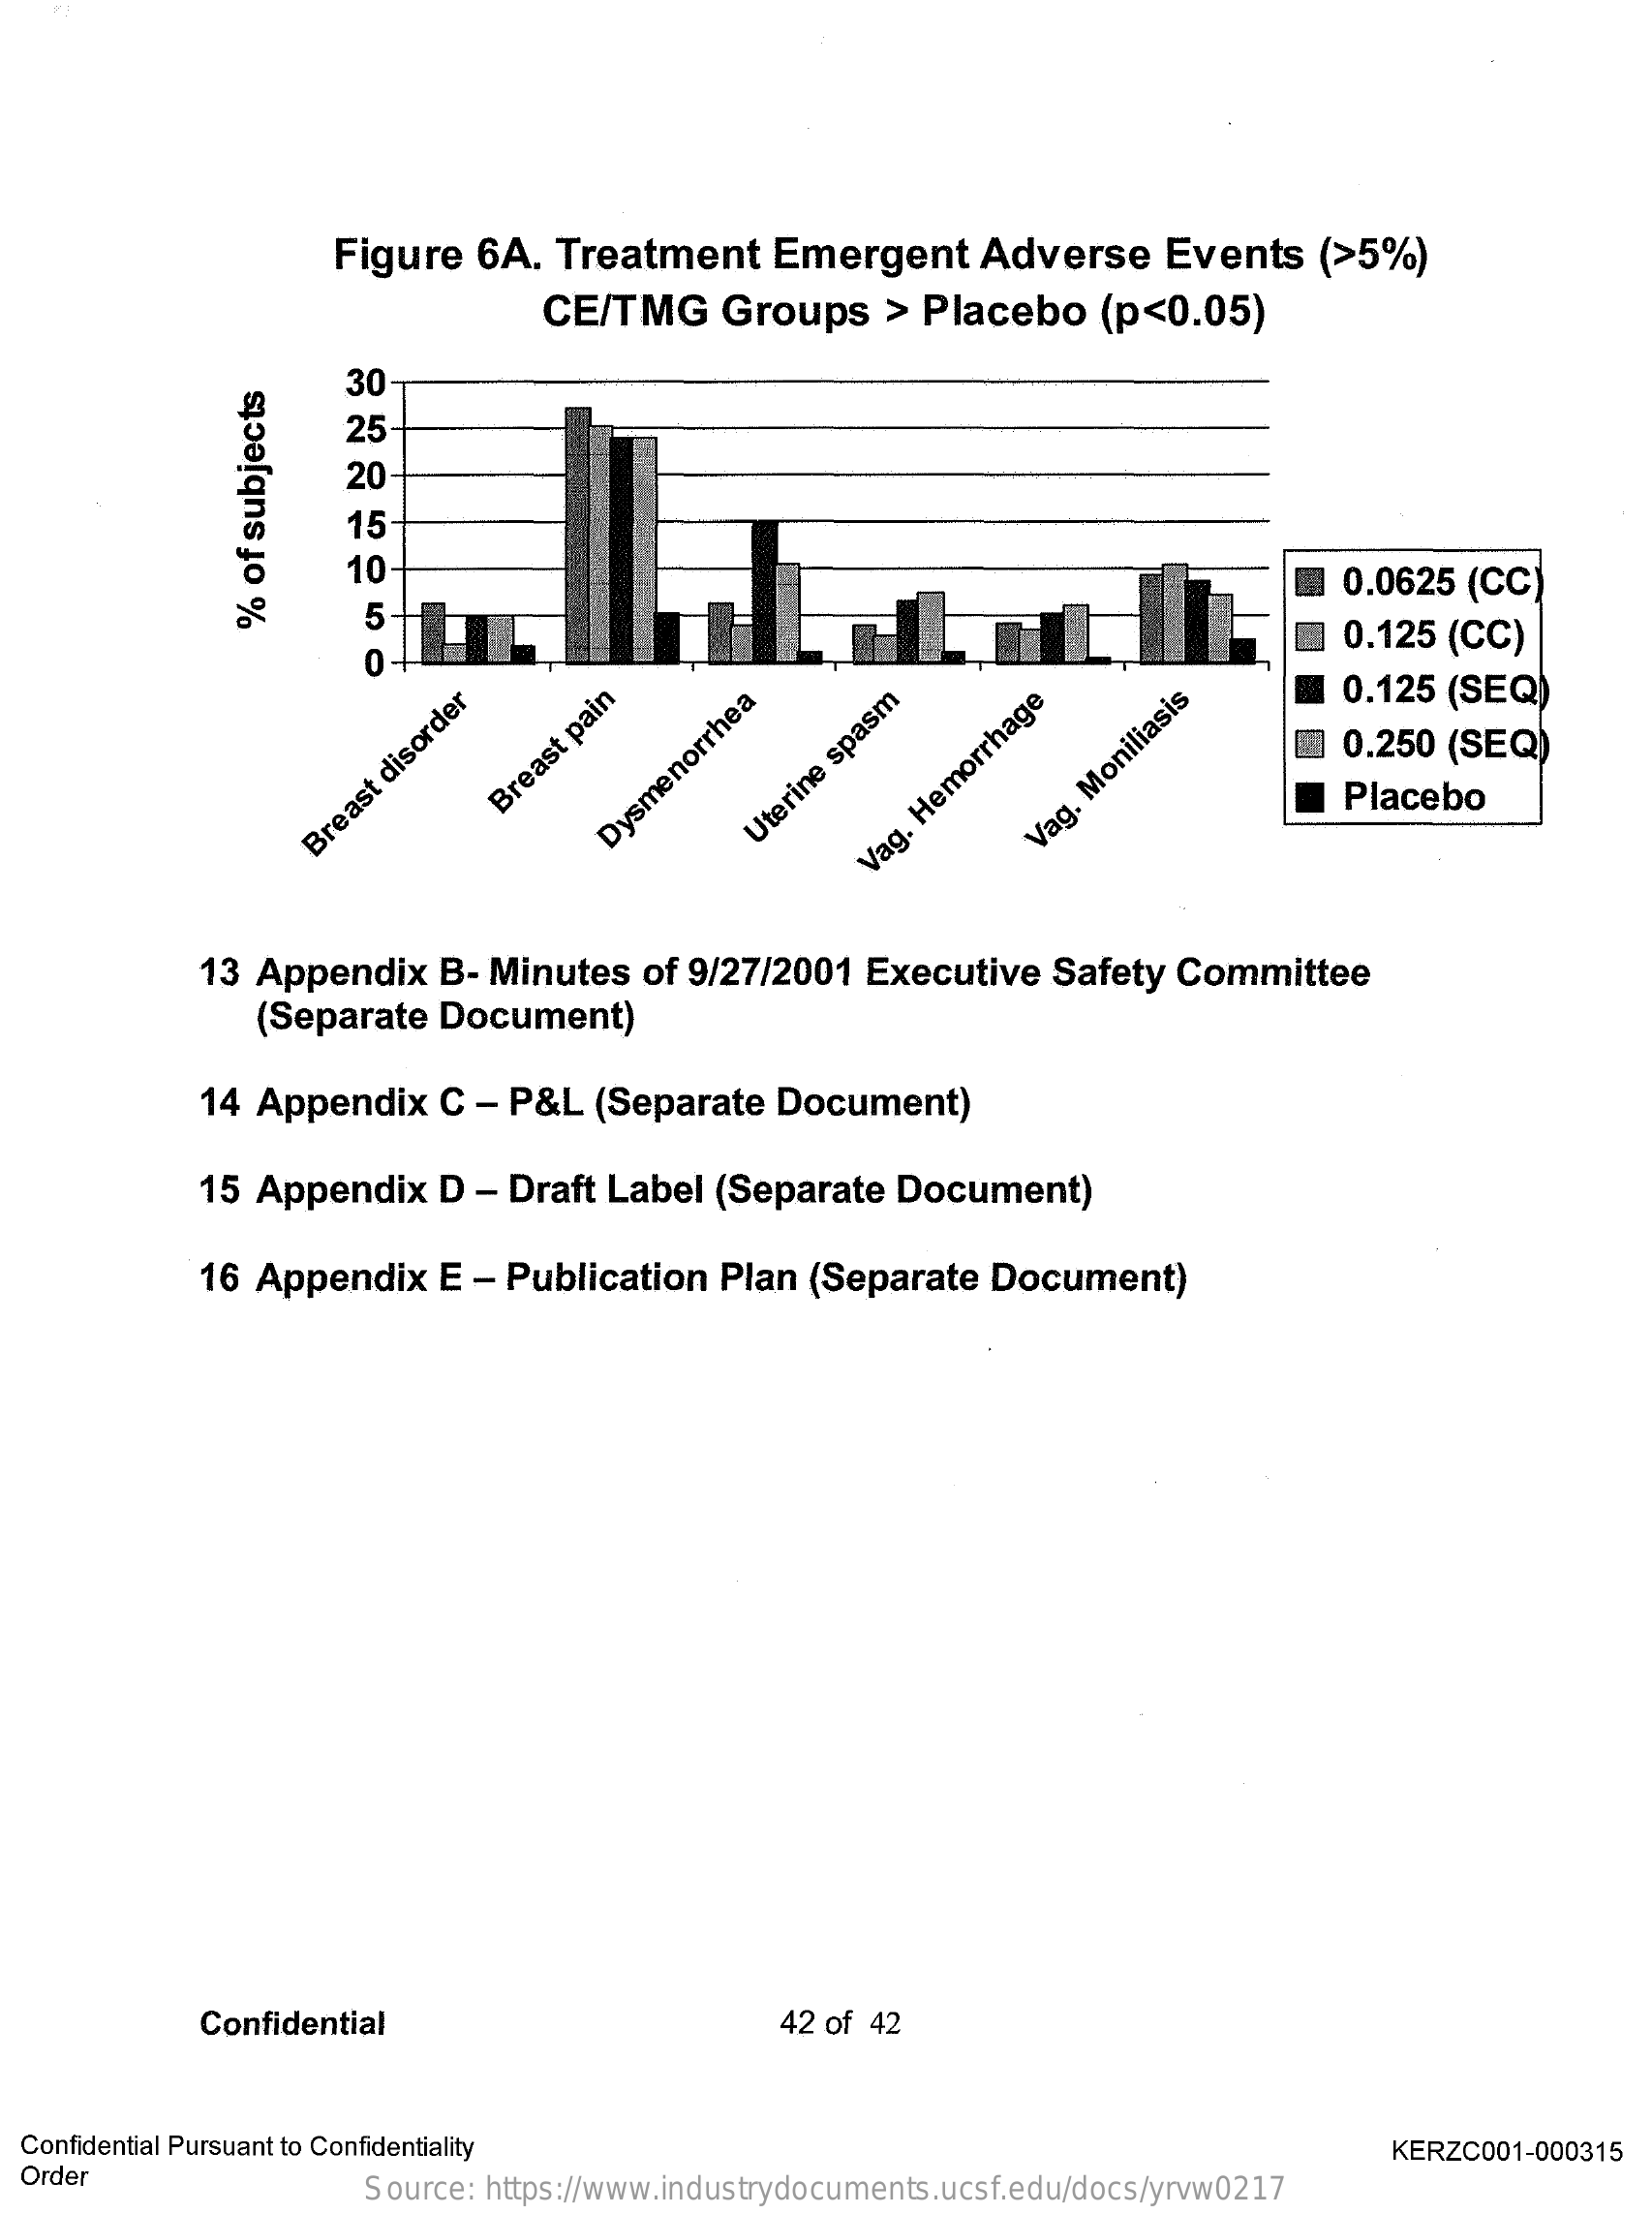
Figure  6A.   Treatment    Emergent    Adverse    Events    (>5%)
     CE/TMG    Groups    > Placebo    (p<0.05)
     30
     25-
     20-
     15
     10    0.0625  (CC)
     5
     0.125  (CC)
     %
     of
     subjects
     0
     0.125  (SEQ
     0.250  (SEQ)
     Breast
     pain
     Placebo
     Breast
     disorder    Dysmenorrhea Uterine
     spasm
     Vag.
     Hemorrhage
     Vag.
     Moniliasis
     13 Appendix    B- Minutes   of 9/27/2001   Executive   Safety Committee
     (Separate  Document)
     14 Appendix    C  - P&L  (Separate   Document)
     15 Appendix    D  - Draft Label  (Separate  Document)
     16 Appendix    E - Publication   Plan  (Separate  Document)
     Confidential    42 of 42
  Confidential Pursuant to Confidentiality
  Order
     KERZC001-000315
     Source: https://www.industrydocuments.ucsf.edu/docs/yrvw0217